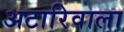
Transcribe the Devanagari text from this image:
अटारिवाला